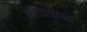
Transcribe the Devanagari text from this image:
दस्तावोजो